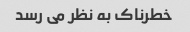
خطرناک به نظر می رسد